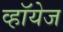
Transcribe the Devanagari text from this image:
व्हॉयेज